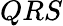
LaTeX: QRS